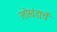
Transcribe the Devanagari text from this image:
लोखंडाचें